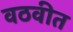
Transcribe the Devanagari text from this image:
वठवीत